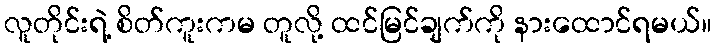
လူတိုင်းရဲ့ စိတ်ကူးကမ တူလို့ ထင်မြင်ချက်ကို နားထောင်ရမယ်။